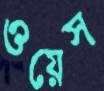
ওয়েস